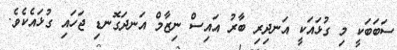
ސަބަބަކީ މި ގުޅައަކީ އަނދިރި ބާރު އައިސް ނިޒާމް އަނދަގޮނޑި ޖަހައި ގުޅައެކެވެ.